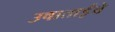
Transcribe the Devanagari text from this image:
उषाताईंचे